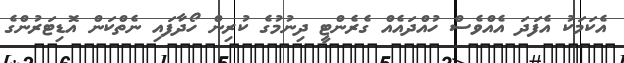
އެކަމަކު އެފަދަ އެއްވެސް ހުއްދައެއް ގެރެންޓީ ދިނުމުގެ ކުރިން ހޯދާފައި ނެތްކަން އޮޑިޓަރުންގެ